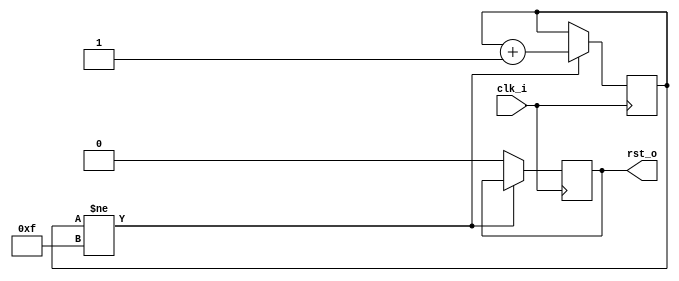
module reset_gen
(
    input  clk_i,
    output rst_o
);

reg [3:0] count_q = 4'b0;
reg       rst_q   = 1'b1;

always @(posedge clk_i) 
if (count_q != 4'hF)
    count_q <= count_q + 4'd1;
else
    rst_q <= 1'b0;

assign rst_o = rst_q;

endmodule